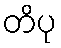
တိပု